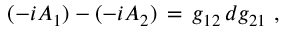
( - i A _ { 1 } ) - ( - i A _ { 2 } ) \, = \, g _ { 1 2 } \, d g _ { 2 1 } \ ,